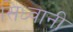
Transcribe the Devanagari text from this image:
सिध्वानी